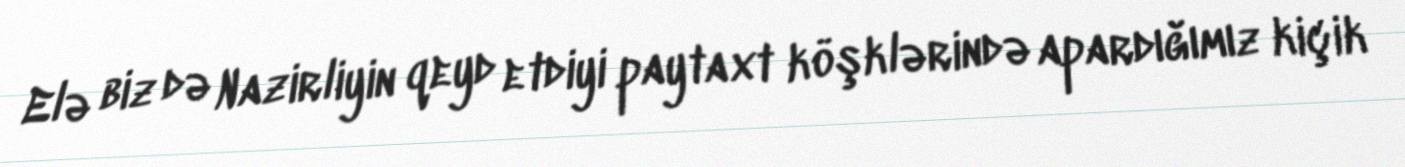
Elə biz də Nazirliyin qeyd etdiyi paytaxt köşklərində apardığımız kiçik